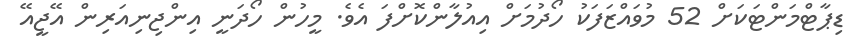
ޑިޕާޓްމަންޓަކަށް 52 މުވައްޒަފަކު ހޯދުމަށް އިއުލާންކޮށްފަ އެވެ. މީހުން ހޯދަނީ އިންޖިނިއަރިން އޭޖީއޭ